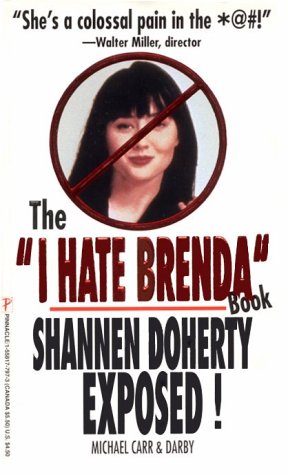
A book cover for The 'I Hate Brenda' Book/Shannen Doherty Exposed!; D. Romeo; Humor & Entertainment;